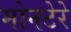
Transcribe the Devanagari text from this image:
मोनटेरे